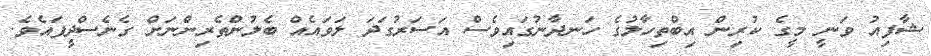
ޝާފިއު ވަނީ މީގެ ކުރިން އިބްތިހާލުގެ ހަނދާނުގައިވެސް އަސަރުގަދަ ލަވައެއް ބެލުންތެރިންނަށް ގެނެސްދީފައެވެ.